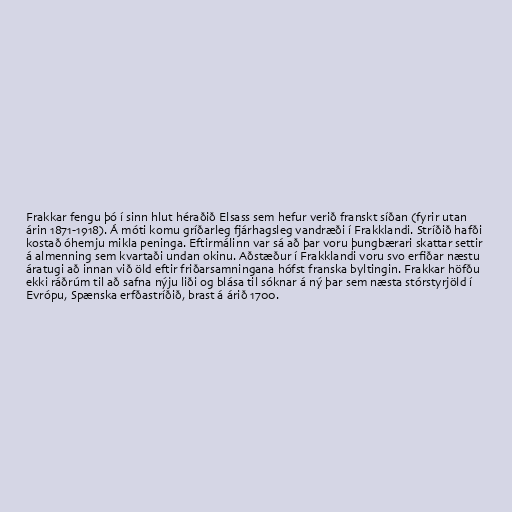
Frakkar fengu þó í sinn hlut héraðið Elsass sem hefur verið franskt síðan (fyrir utan
árin 1871-1918). Á móti komu gríðarleg fjárhagsleg vandræði í Frakklandi. Stríðið hafði
kostað óhemju mikla peninga. Eftirmálinn var sá að þar voru þungbærari skattar settir
á almenning sem kvartaði undan okinu. Aðstæður í Frakklandi voru svo erfiðar næstu
áratugi að innan við öld eftir friðarsamningana hófst franska byltingin. Frakkar höfðu
ekki ráðrúm til að safna nýju liði og blása til sóknar á ný þar sem næsta stórstyrjöld í
Evrópu, Spænska erfðastríðið, brast á árið 1700.